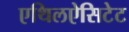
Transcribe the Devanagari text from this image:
एथिलऐसिटेट